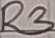
Text: R3